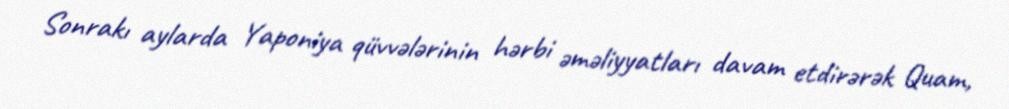
Sonrakı aylarda Yaponiya qüvvələrinin hərbi əməliyyatları davam etdirərək Quam,